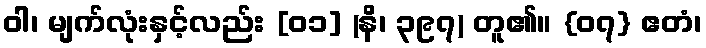
ဝါ၊ မျက်လုံးနှင့်လည်း [၀၁] (နိ၊ ၃၉၇) တူ၏။ {၀၇} ဧတံ၊